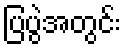
ပြပွဲအတွင်း